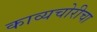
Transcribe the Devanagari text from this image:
काव्यचोरीचा